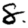
Digit: 8